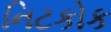
નિટકોક